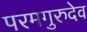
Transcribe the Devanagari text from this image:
परमगुरुदेव